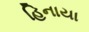
હિનાયા